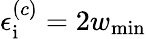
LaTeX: \epsilon_{\mathrm{i}}^{(c)}=2w_{\mathrm{min}}